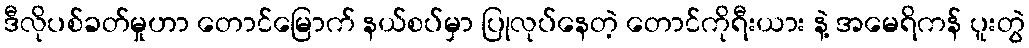
ဒီလိုပစ်ခတ်မှုဟာ တောင်မြောက် နယ်စပ်မှာ ပြုလုပ်နေတဲ့ တောင်ကိုရီးယား နဲ့ အမေရိကန် ပူးတွဲ